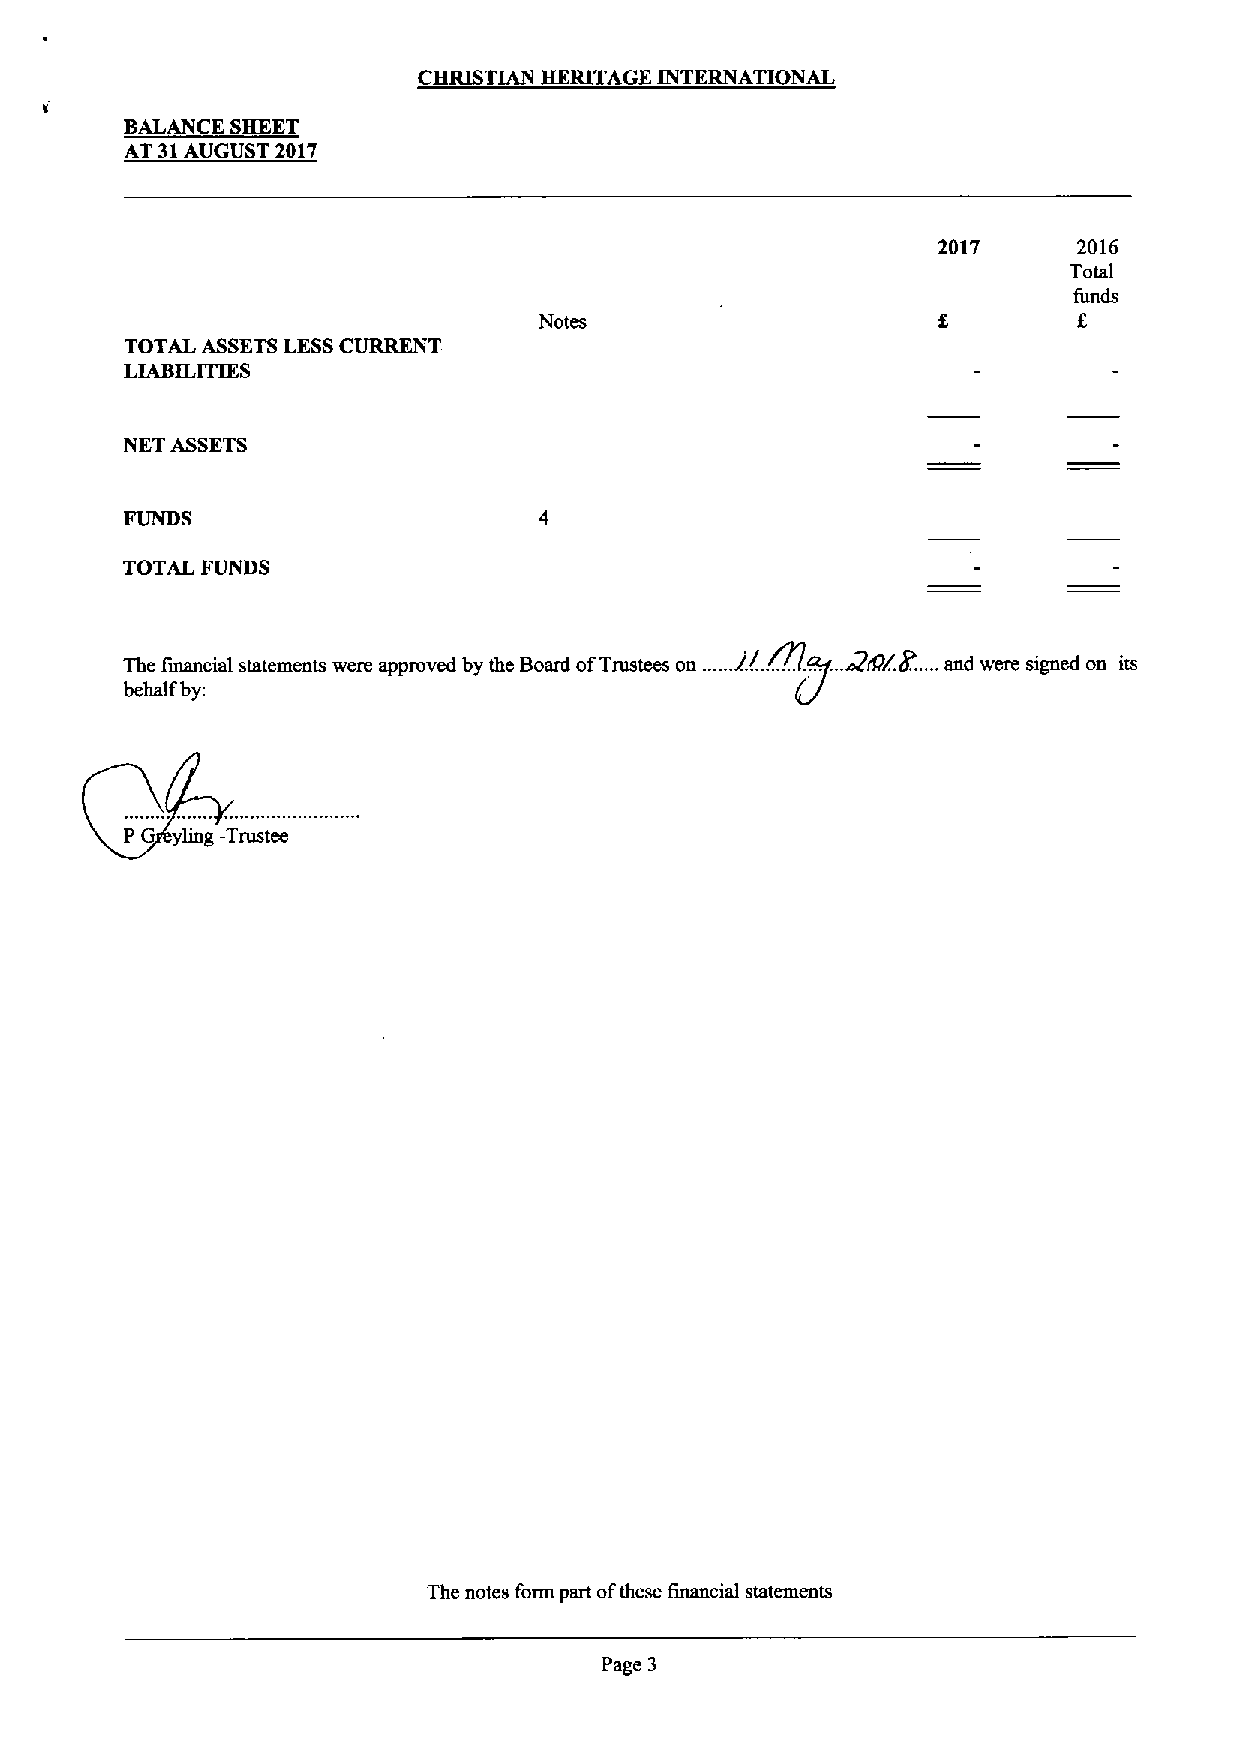
CHRISTIAN HERITAGE INTERNATIONAL
 BALANCE SHEET
 AT 31AUGUST 2017
 2017     2016
 Total
 funds
 Notes                              f.
 TOTAL ASSETSLESSCURRENT
 LIABILITIES
 NET ASSETS
 FUNDS
 TOTAL FUNDS
 ..     ..
 Tr f  i 1        wp  RL/th B M /T        //Ng.  .Z/,///8. , . d
 behalf by:
 P G yling -Trustee
 The notes form part ofthese financial statements
 Page 3